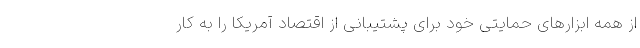
از همه ابزارهای حمایتی خود برای پشتیبانی از اقتصاد آمریکا را به کار